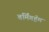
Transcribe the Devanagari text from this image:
बर्मिंगहॅम